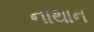
નાથાન